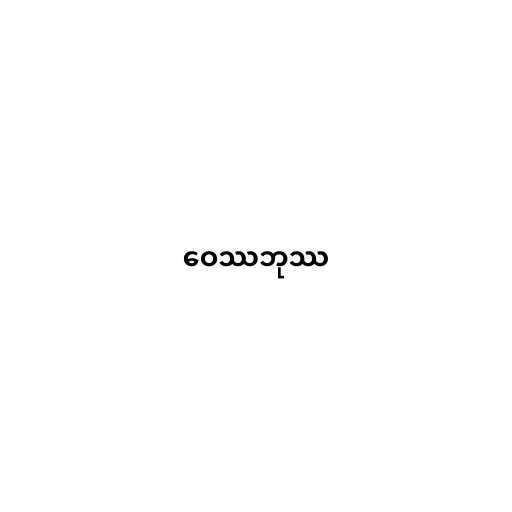
ဝေဿဘုဿ